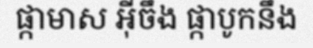
ផ្កាមាស អ៊ីចឹង ផ្កាបូកនឹង